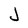
Character: J